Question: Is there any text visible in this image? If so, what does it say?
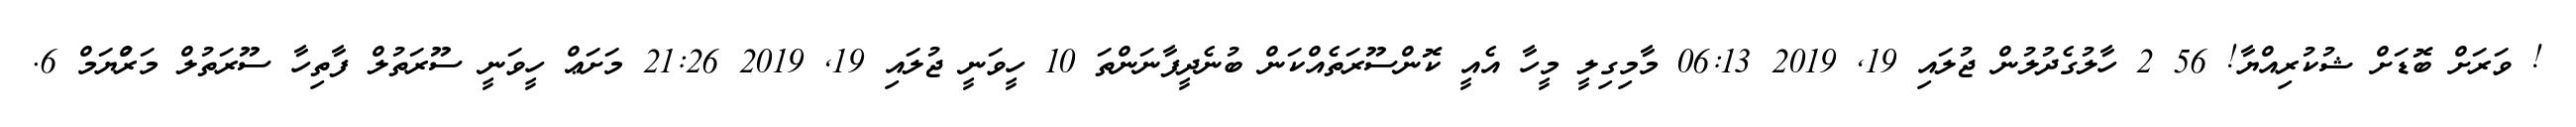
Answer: ! ވަރަށް ބޮޑަށް ޝުކުރިއްޔާ! 56 2 ހާލުގެދުލުން ޖުލައި 19, 2019 06:13 މާމިގިލީ މީހާ އެއީ ކޮންސޫރަތެއްކަން ބުނެދީފާނަންތަ 10 ހީވަނީ ޖުލައި 19, 2019 21:26 މަށަޢް ހީވަނީ ސޫރަތުލް ފާތިހާ ސޫރަތުލް މަރްުޔަމް 6.